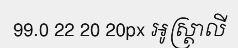
99.0 22 20 20px អូស្ត្រាលី